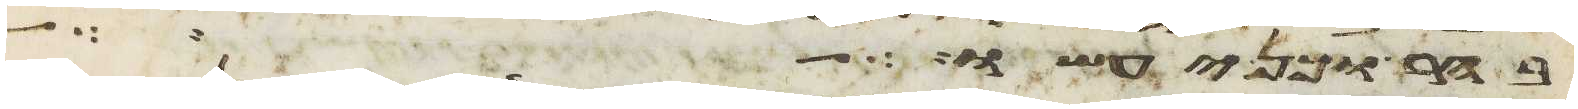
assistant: בהר וכן יעשו